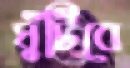
ঘুঁটিবে